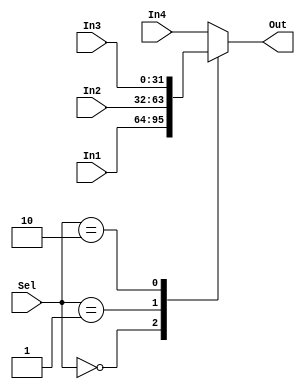
module Mult4to1 (In1, In2, In3, In4, Sel, Out);
 input[31:0] In1, In2, In3, In4;
 input[1:0] Sel;
 output reg[31:0] Out;
 always @(In1, In2, In3, In4, Sel)
  case(Sel)
   0: Out <= In1;
   1: Out <= In2;
   2: Out <= In3;
   default: Out <= In4;
  endcase
endmodule